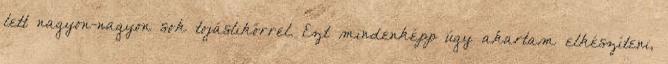
lett nagyon-nagyon sok tojáslikőrrel. Ezt mindenképp úgy akartam elkészíteni,